Trukikaitis_Postimees, lk 27
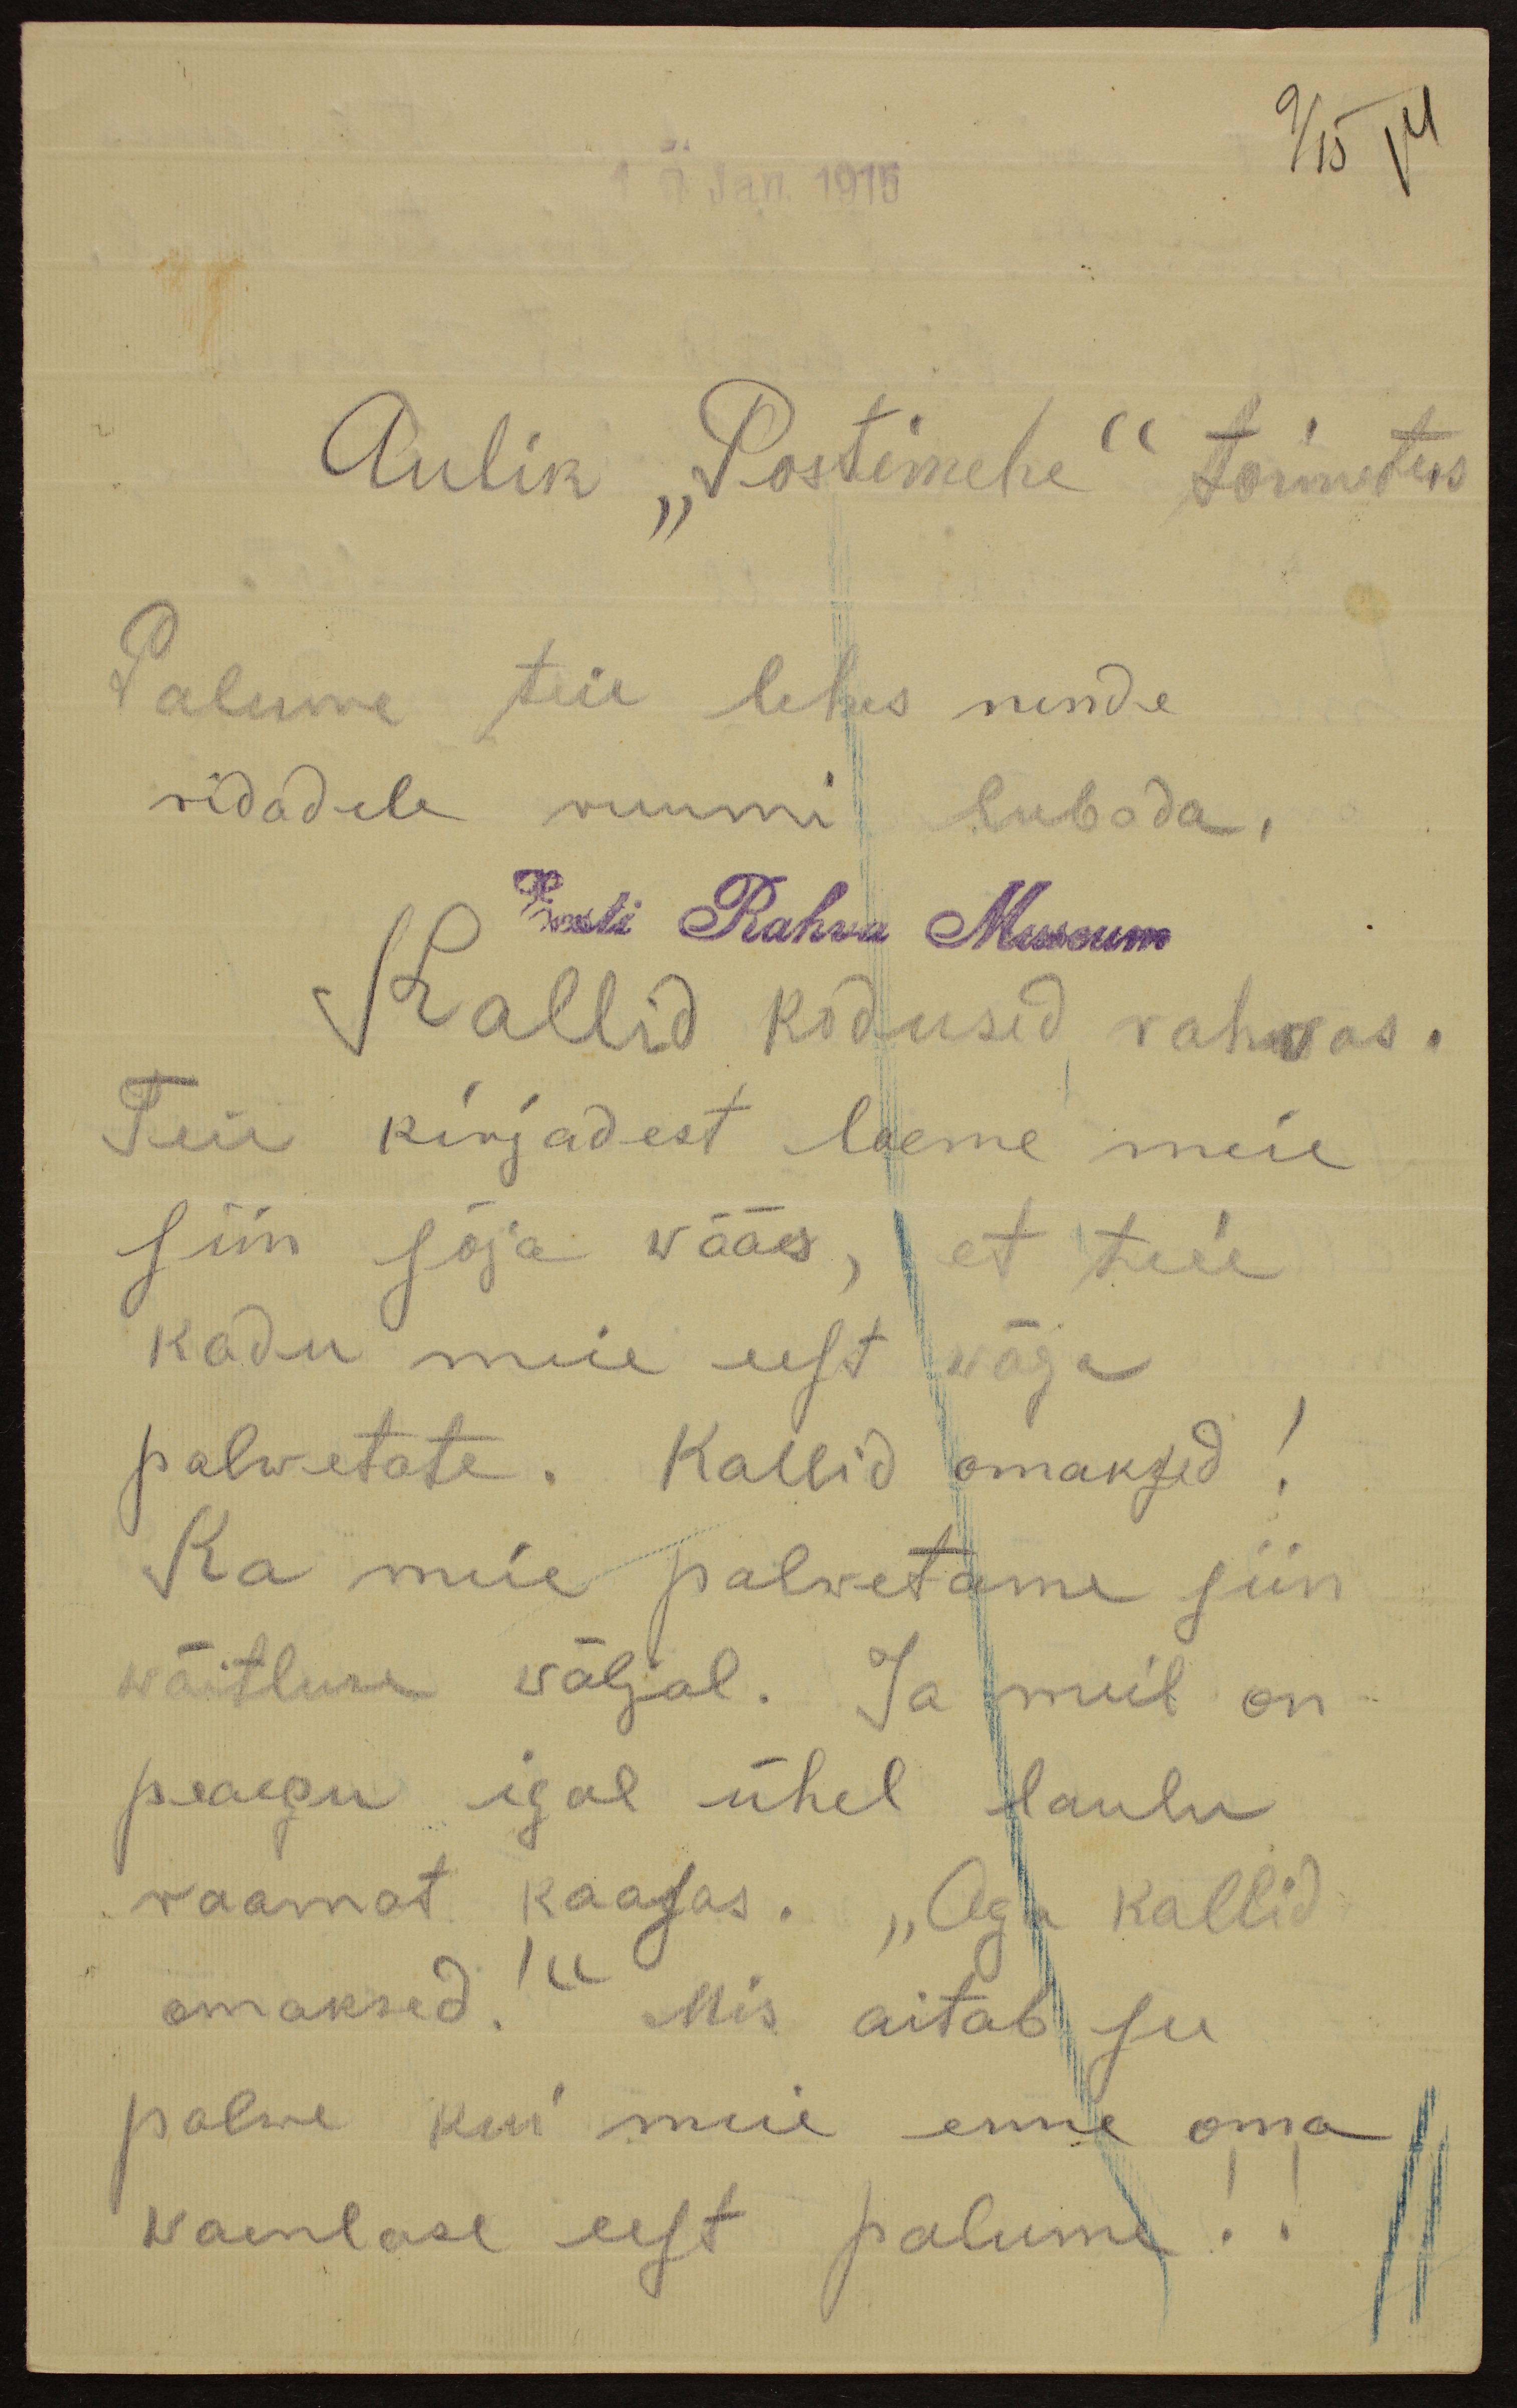
Jan. 1915
9/15 14
Aulik "Postimehe" toimetus
Palume teie lehes nende
ridadele ruumi lubada.
Eesti Rahva Museum
Kallid kodused rahvas.
Teie kirjadest loeme meie
siin sõja wääs, et teie
kodu meie eest wäga
palwetate. Kallid omaksed!
Ka meie palwetame siin
wõitluse wäljal. Ja meil on
peaegu igal ühel laulu
raamat kaasas. "Aga kallid
omaksed!" Mis aitab see
palwe kui meie enne oma
waenlase eest palume!